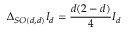
\Delta _ { S O ( d , d ) } I _ { d } = \frac { d ( 2 - d ) } { 4 } I _ { d }